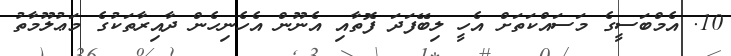
10. އެމްބަސީގެ މަސައްކަތަށް އެހީ ލިބޭފަދަ ފޮތާއި އެނޫން އެހެނިހެން ދާއިރާތަކުގެ މަޢުލޫމާތު